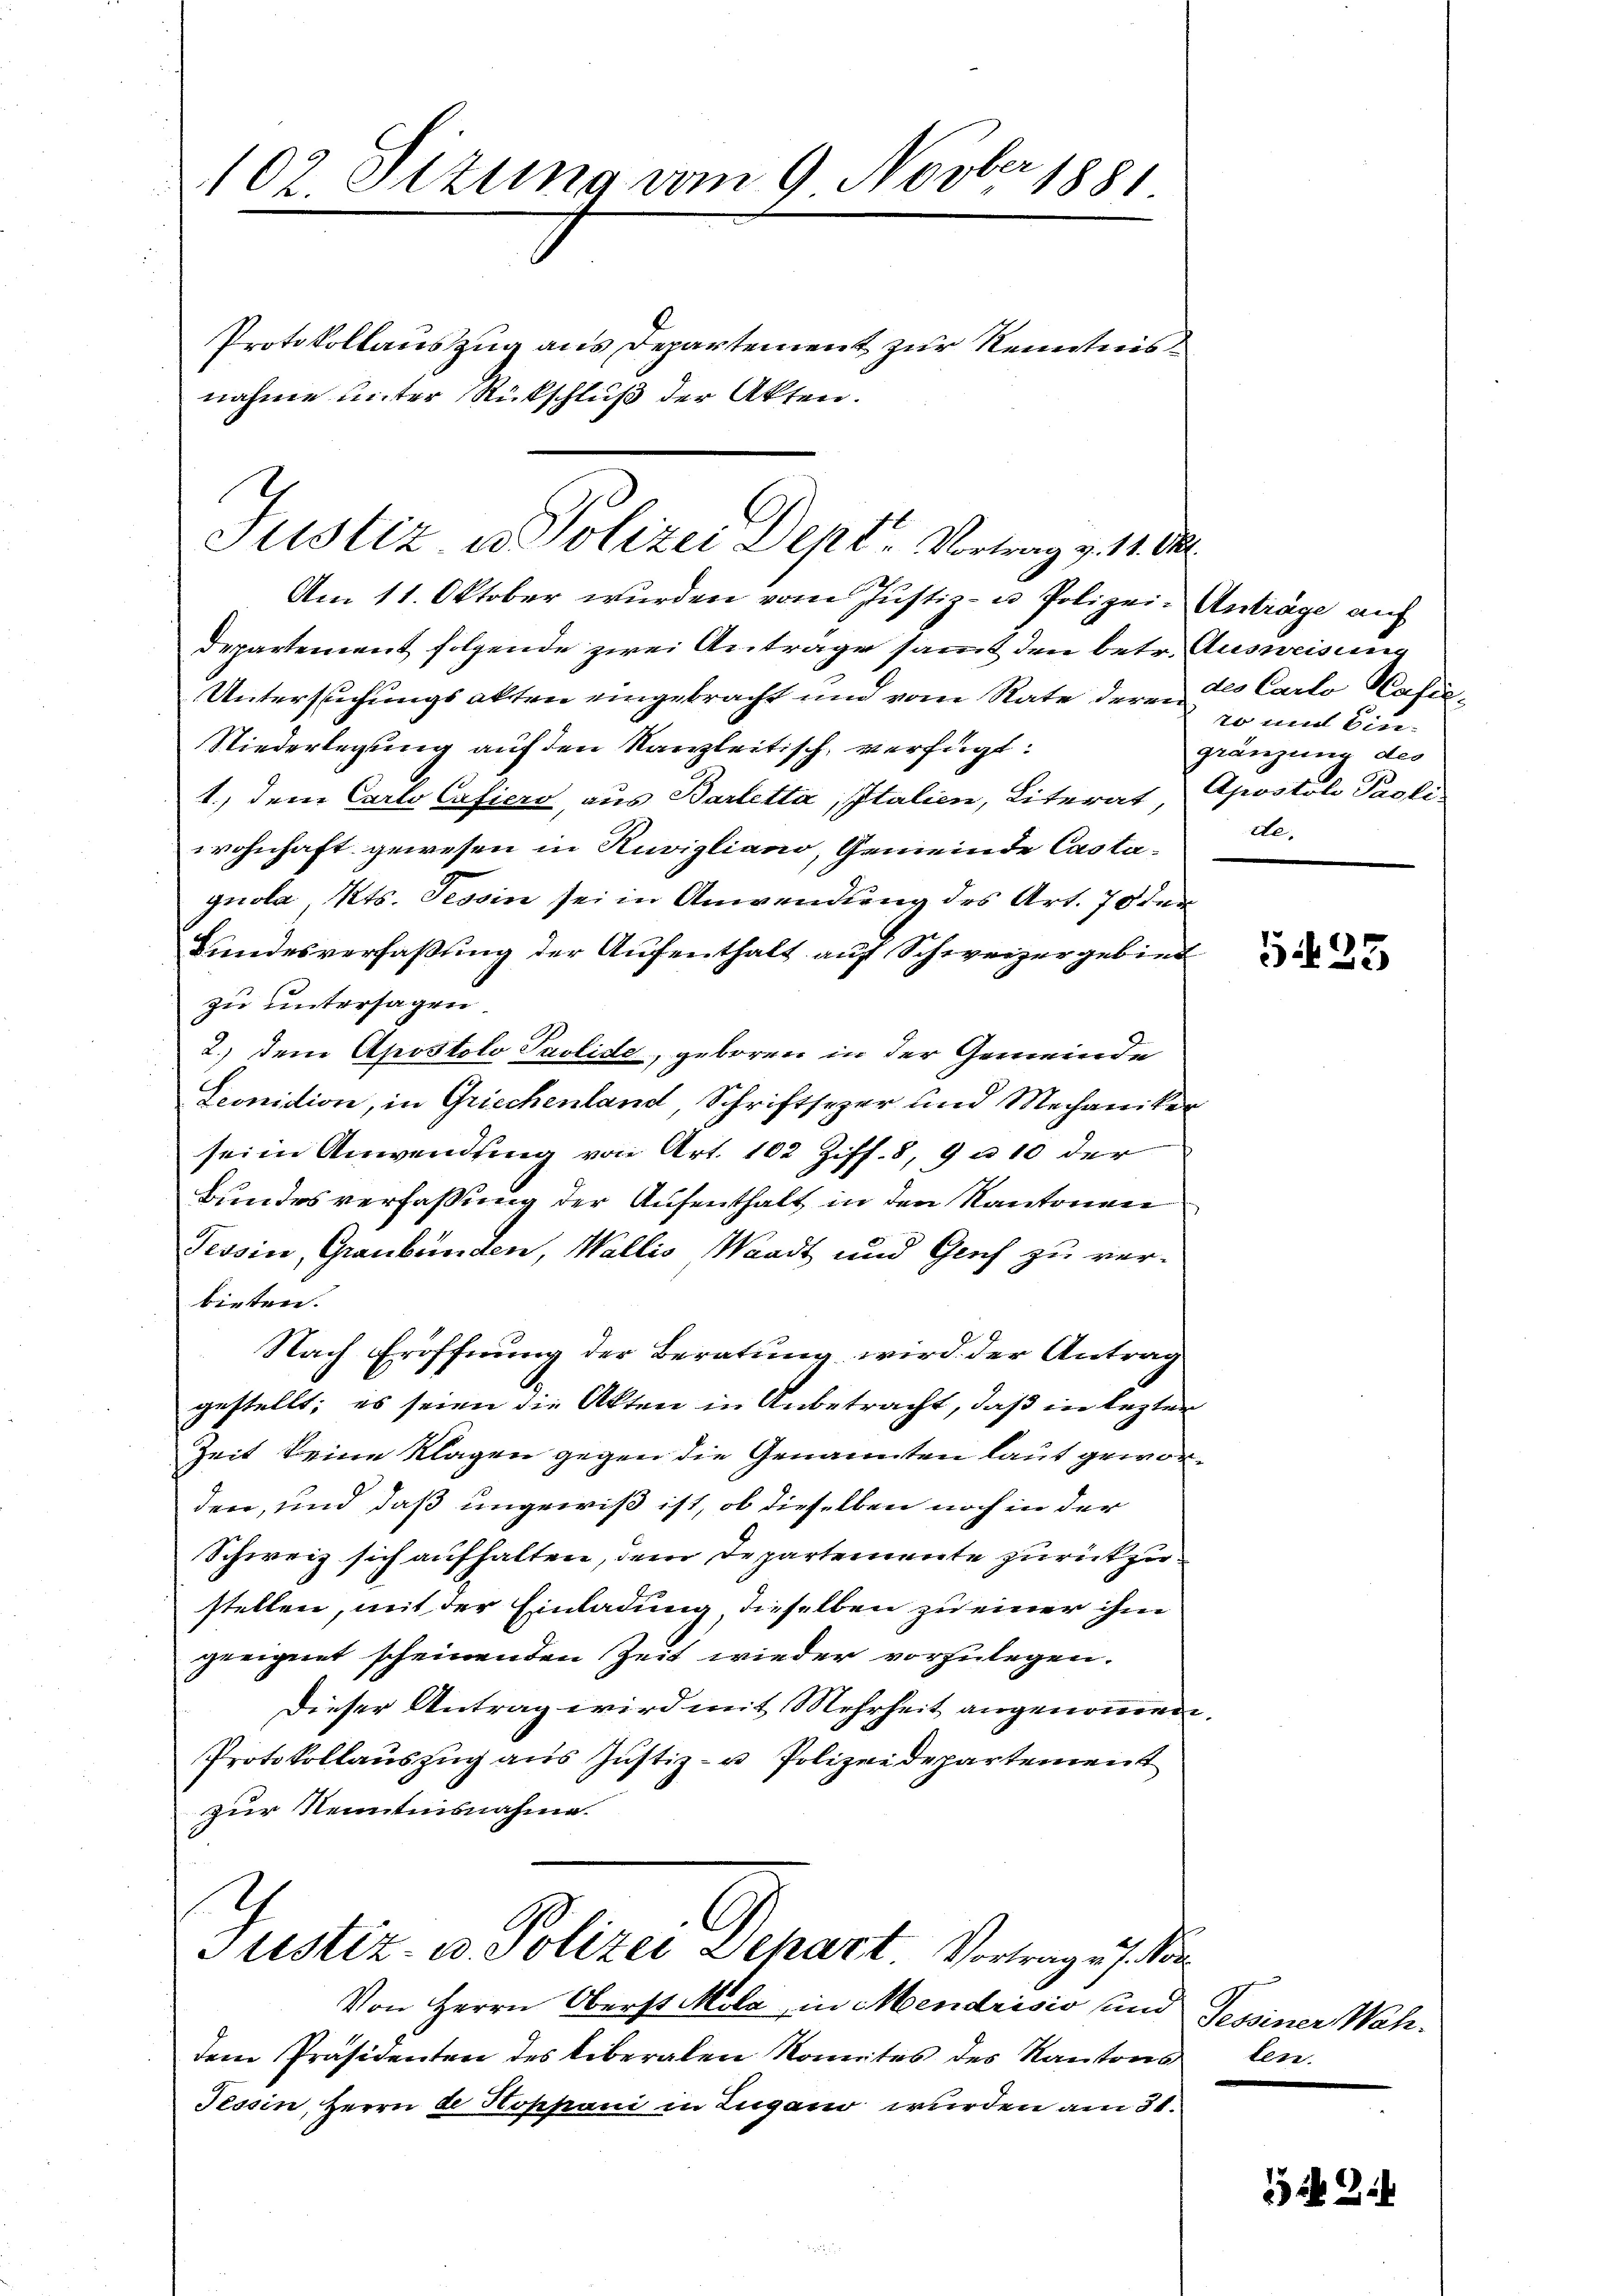
102. Stzung vom 9. Novber 1881

Protokollauszug aus Departement zur Kenntnis
nahme unter Rückschluß der Akten.

Justiz u. Polizei Dept Vortrag v. 11. Okt.

Am 11. Oktober wurden vom Justiz- u Polizei- Anträge auf
Departement folgende zwei Anträge samt den betr. Ausweisung
Untersuchungsakten eingebracht und vom Rate deren der Carlo Nafin¬
Niederlegung auf den Kanzleitisch, verfügt:
1., dem Carlo Cafiers, aus Barletta, Italien, Literat, Apostoli Paoli
wohnhaft gewesen in Ruvigliano, Gemeinde Castagnola, Kts. Tessin sei in Anwendung des Art. 70 den
Bundesverfaßung der Aufenthalt auf Schweizergebind
zu untersagen.
2.) Dem Apostolo Paolide, geboren in der Gemeinde
Seonidion, in Griechenland, Schriftsezer und Mechaniker
seiin Anwendung von Art. 102 Ziff. 8, 9 u 10 der
Bundesverfassung der Aufenthalt in den Kantonen
Tessin, Graubünden, Wallis Waadt und Geich zu ver-
bieten.
Nach Eröffnung der Beratung wird der Antrag
gestellt; es seien die Akten in Anbetracht, daß in lezter
Zeit keine Klagen gegen die Genannten laut geworden, und daß ungewiß ist, ob dieselben noch in der
Schweiz sich aufhalten, dem Departemente zurückzustellen, mit der Einladung, dieselben zu einer ihm
geeignet scheinenden Zeit wieder vorzulegen.
Dieser Antrag wird mit Mehrheit angenommen.
Protokollauszug aus Justiz- u Polizeidepartement
zur Kenntnisnahme.
1
C
Justiz- u. Polizei Separt. Vortrag u. s. Son
Von Herrn Oberst Mola, in Mendrisis und Tessiner Wahdem Präsidenten des liberalen Komites des Kantons len.
Tessin, Herrn de Koppani in Zugano wurden am 31.

70 und bin-
gränzung des
dte.

G 25

342.